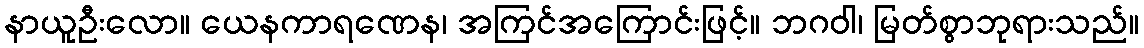
နာယူဦးလော။ ယေနကာရဏေန၊ အကြင်အကြောင်းဖြင့်။ ဘဂဝါ၊ မြတ်စွာဘုရားသည်။